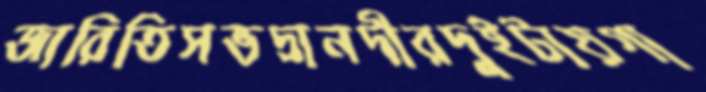
জারিতিসভদ্রানদীরদুইটায়গা